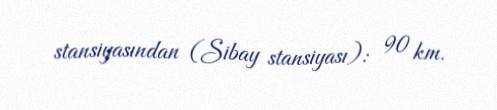
stansiyasından (Sibay stansiyası): 90 km.